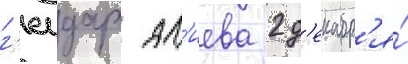
г'еидара ал'иева 2 д'екабр'я́